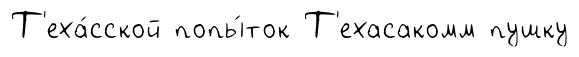
Т'еха́сской попы́ток Т'ехасакомм пушку